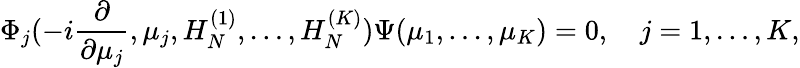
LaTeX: \Phi_{j}(-i{\frac{\partial}{\partial\mu_{j}}},\mu_{j},H_{N}^{(1)},\ldots,H_{N}^{(K)})\Psi(\mu_{1},\ldots,\mu_{K})=0,\quad j=1,\ldots,K,